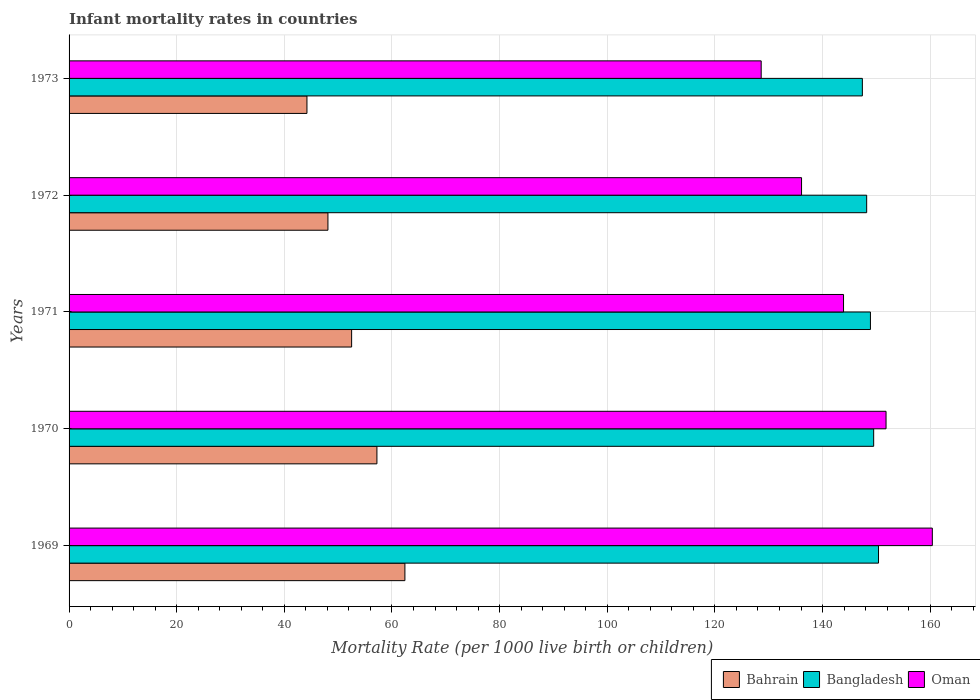
| Years | Bahrain | Bangladesh | Oman |
 | --- | --- | --- | --- |
 | 1969 | 62.4 | 150 | 160 |
 | 1970 | 57.2 | 150 | 152 |
 | 1971 | 52.5 | 149 | 144 |
 | 1972 | 48.1 | 148 | 136 |
 | 1973 | 44.2 | 147 | 129 |